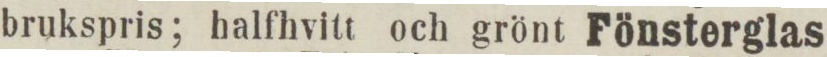
brukspris; halfhvitt och grönt Fönsterglas